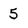
Character: 5